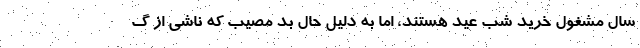
سال مشغول خرید شب عید هستند، اما به دلیل حال بد مصیب که ناشی از گ